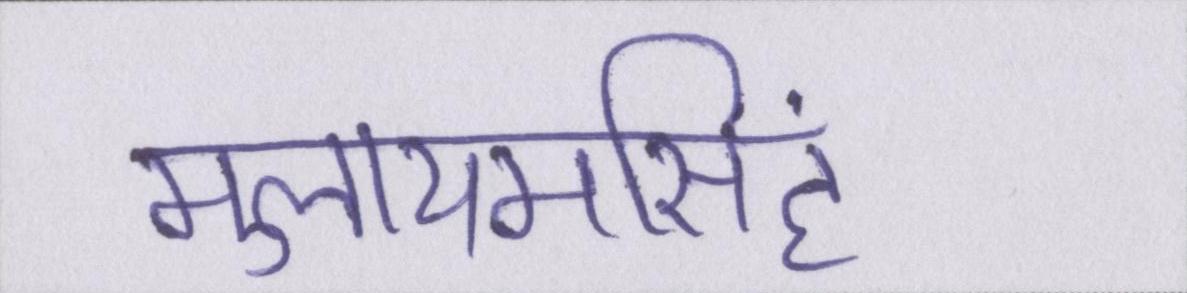
मुलायमसिंह